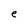
Character: e